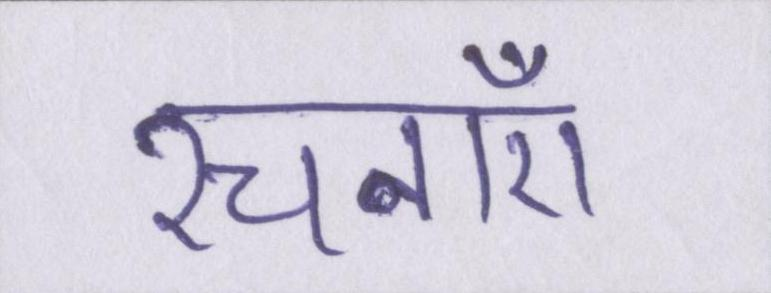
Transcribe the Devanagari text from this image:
रचनाएँ